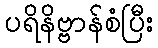
ပရိနိဗ္ဗာန်စံပြီး